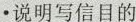
•说明写信目的